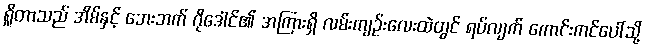
ရှိုတာသည် အိမ်နှင့် ဘေးဘက် ဂိုဒေါင်၏ အကြားရှိ လမ်းကျဉ်းလေးထဲတွင် ရပ်လျက် ကောင်းကင်ပေါ်သို့